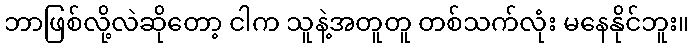
ဘာဖြစ်လို့လဲဆိုတော့ ငါက သူနဲ့အတူတူ တစ်သက်လုံး မနေနိုင်ဘူး။